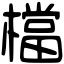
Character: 檔